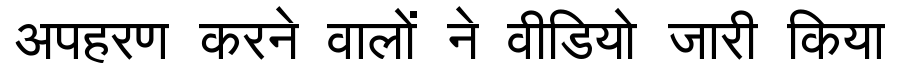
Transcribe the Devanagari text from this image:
अपहरण करने वालों ने वीडियो जारी किया